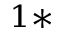
^ { 1 * }